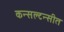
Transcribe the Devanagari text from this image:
कन्सल्टन्सीत